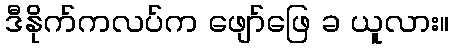
ဒီနိုက်ကလပ်က ဖျော်ဖြေ ခ ယူလား။